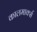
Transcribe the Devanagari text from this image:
कालमार्क्स